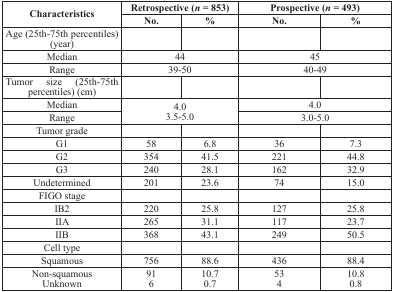
| <ROWSPAN=2> Characteristics | <COLSPAN=2> Retrospective (n = 853) | <COLSPAN=2> Prospective (n = 493) |
 | No. | % | No. | % |
 | --- | --- | --- | --- | --- |
 | Age (25th-75th percentiles) (year) |  |  |  |  |
 | Median | <COLSPAN=2> 44 | <COLSPAN=2> 45 |
 | Range | <COLSPAN=2> 39-50 | <COLSPAN=2> 40-49 |
 | Tumor size (25th-75th percentiles) (cm) |  |  |  |  |
 | Median | <ROWSPAN=2-COLSPAN=2> 4.03.5-5.0 | <COLSPAN=2> 4.0 |
 | Range | <COLSPAN=2> 3.0-5.0 |
 | Tumor grade |  |  |  |  |
 | G1 | 58 | 6.8 | 36 | 7.3 |
 | G2 | 354 | 41.5 | 221 | 44.8 |
 | G3 | 240 | 28.1 | 162 | 32.9 |
 | Undetermined | 201 | 23.6 | 74 | 15.0 |
 | FIGO stage |  |  |  |  |
 | IB2 | 220 | 25.8 | 127 | 25.8 |
 | IIA | 265 | 31.1 | 117 | 23.7 |
 | IIB | 368 | 43.1 | 249 | 50.5 |
 | Cell type |  |  |  |  |
 | Squamous | 756 | 88.6 | 436 | 88.4 |
 | Non-squamousUnknown | 916 | 10.70.7 | 534 | 10.80.8 |